Insane asylums in Bengal annual reports 1867-1875 - 1867-1875
Year: 1867
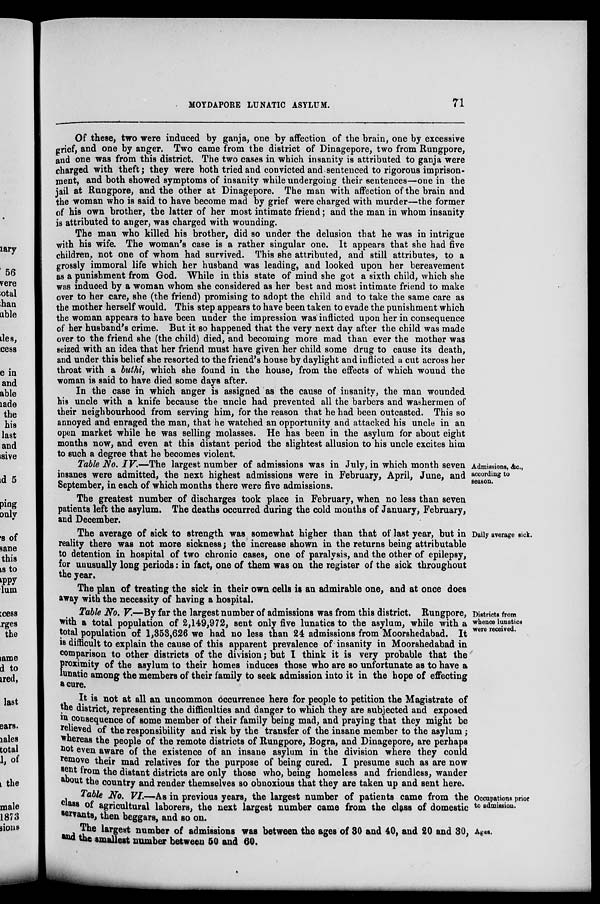
MOYDAPORE LUNATIC ASYLUM.
71
Of these, two were induced by ganja, one by affection of the brain, one by excessive
grief, and one by anger. Two came from the district of Dinagepore, two from Rungpore,
and one was from this district. The two cases in which insanity is attributed to ganja were
charged with theft; they were both tried and convicted and sentenced to rigorous imprison-
ment, and both showed symptoms of insanity while undergoing their sentences—one in the
jail at Rungpore, and the other at Dinagepore. The man with affection of the brain and
the woman who is said to have become mad by grief were charged with murder—the former
of his own brother, the latter of her most intimate friend; and the man in whom insanity
is attributed to anger, was charged with wounding.
The man who killed his brother, did so under the delusion that he was in intrigue
with his wife. The woman's case is a rather singular one. It appears that she had five
children, not one of whom had survived. This she attributed, and still attributes, to a
grossly immoral life which her husband was leading, and looked upon her bereavement
as a punishment from God. While in this state of mind she got a sixth child, which she
was induced by a woman whom she considered as her best and most intimate friend to make
over to her care, she (the friend) promising to adopt the child and to take the same care as
the mother herself would. This step appears to have been taken to evade the punishment which
the woman appears to have been under the impression was inflicted upon her in consequence
of her husband's crime. But it so happened that the very next day after the child was made
over to the friend she (the child) died, and becoming more mad than ever the mother was
seized with an idea that her friend must have given her child some drug to cause its death,
and under this belief she resorted to the friend's house by daylight and inflicted a cut across her
throat with a buthi, which she found in the house, from the effects of which wound the
woman is said to have died some days after.
In the case in which anger is assigned as the cause of insanity, the man wounded
his uncle with a knife because the uncle had prevented all the barbers and washermen of
their neighbourhood from serving him, for the reason that he had been outcasted. This so
annoyed and enraged the man, that he watched an opportunity and attacked his uncle in an
open market while he was selling molasses. He has been in the asylum for about eight
months now, and even at this distant period the slightest allusion to his uncle excites him
to such a degree that he becomes violent.
Admissions, &c.,
according to
season.
Table No. IV.—The largest number of admissions was in July, in which month seven
insanes were admitted, the next highest admissions were in February, April, June, and
September, in each of which months there were five admissions.
The greatest number of discharges took place in February, when no less than seven
patients left the asylum. The deaths occurred during the cold months of January, February,
and December.
Daily average sick.
The average of sick to strength was somewhat higher than that of last year, but in
reality there was not more sickness; the increase shown in the returns being attributable
to detention in hospital of two chronic cases, one of paralysis, and the other of epilepsy,
for unusually long periods: in fact, one of them was on the register of the sick throughout
the year.
The plan of treating the sick in their own cells is an admirable one, and at once does
away with the necessity of having a hospital.
Districts from
whence lunatics
were received.
Table No. V.—By far the largest number of admissions was from this district. Rungpore,
with a total population of 2,149,972, sent only five lunatics to the asylum, while with a
total population of 1,353,626 we had no less than 24 admissions from Moorshedabad. It
is difficult to explain the cause of this apparent prevalence of insanity in Moorshedabad in
comparison to other districts of the division; but I think it is very probable that the
proximity of the asylum to their homes induces those who are so unfortunate as to have a
lunatic among the members of their family to seek admission into it in the hope of effecting
a cure.
It is not at all an uncommon occurrence here for people to petition the Magistrate of
the district, representing the difficulties and danger to which they are subjected and exposed
in consequence of some member of their family being mad, and praying that they might be
relieved of the responsibility and risk by the transfer of the insane member to the asylum ;
whereas the people of the remote districts of Rungpore, Bogra, and Dinagepore, are perhaps
not even aware of the existence of an insane asylum in the division where they could
remove their mad relatives for the purpose of being cured. I presume such as are now
sent from the distant districts are only those who, being homeless and friendless, wander
about the country and render themselves so obnoxious that they are taken up and sent here.
Occupations prior
to admission.
Table No. VI.—As in previous years, the largest number of patients came from the
class of agricultural laborers, the next largest number came from the class of domestic
servants, then beggars, and so on.
Ages.
The largest number of admissions was between the ages of 80 and 40, and 20 and 30,
and the smallest number between 50 and 60.